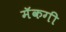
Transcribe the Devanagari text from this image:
मॅकगी